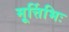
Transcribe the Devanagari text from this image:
मूर्त्तिभिः